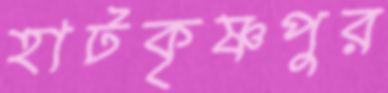
হাটকৃষ্ণপুর